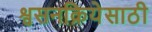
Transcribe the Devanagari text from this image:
श्वसनक्रियेसाठी